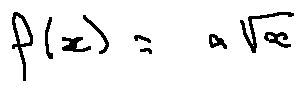
f ( x ) = a \sqrt { x }